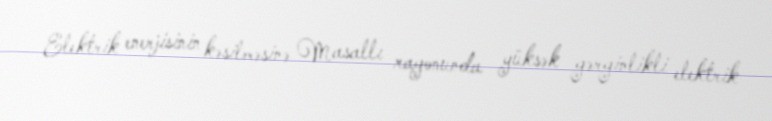
Elektrik enerjisinin kəsilməsinə Masallı rayonunda yüksək gərginlikli elektrik